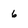
Character: 6